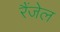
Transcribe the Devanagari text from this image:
रैंजेल